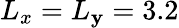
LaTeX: L_{x}=L_{\mathbf{y}}=3.2